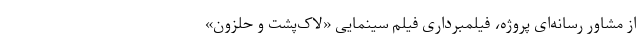
از مشاور رسانه‌ای پروژه، فیلمبرداری فیلم سینمایی «لاک‌پشت و حلزون»